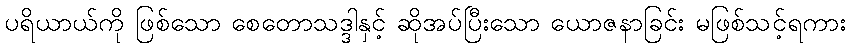
ပရိယာယ်ကို ဖြစ်သော စေတောသဒ္ဒါနှင့် ဆိုအပ်ပြီးသော ယောဇနာခြင်း မဖြစ်သင့်ရကား